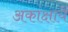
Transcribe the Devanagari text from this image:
अकांक्षायें